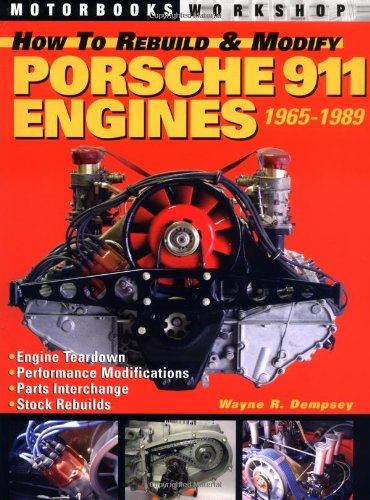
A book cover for How to Rebuild and Modify Porsche 911 Engines 1965-1989; Wayne R. Dempsey; Engineering & Transportation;